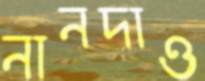
নানদাও